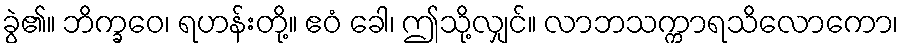
ခွဲ၏။ ဘိက္ခဝေ၊ ရဟန်းတို့။ ဧဝံ ခေါ၊ ဤသို့လျှင်။ လာဘသက္ကာရသိလောကော၊